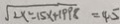
\sqrt { 2 x ^ { 2 } - 1 5 x + 1 9 9 8 } = 4 5